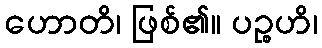
ဟောတိ၊ ဖြစ်၏။ ပဉ္စဟိ၊